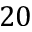
2 0